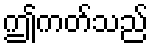
ဤကတ်သည်